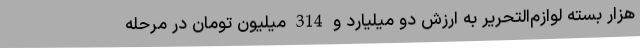
هزار بسته لوازم‌التحریر به ارزش دو میلیارد و 314 میلیون تومان در مرحله